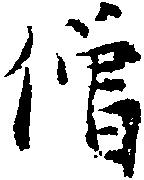
僧